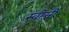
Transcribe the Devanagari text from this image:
स्वीजी